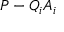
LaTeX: P - Q _ { i } A _ { i }